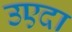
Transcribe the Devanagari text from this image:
उएदा